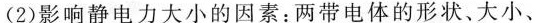
(2)影响静电力大小的因素：两带电体的形状。大小、